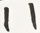
1 1